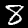
Label: 8